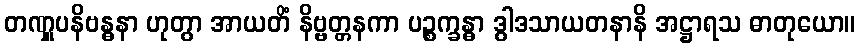
တဏှူပနိဗန္ဓနာ ဟုတွာ အာယတိံ နိဗ္ဗတ္တနကာ ပဉ္စက္ခန္ဓာ ဒွါဒသာယတနာနိ အဋ္ဌာရသ ဓာတုယော။